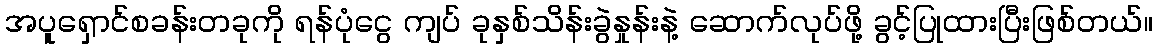
အပူရှောင်စခန်းတခုကို ရန်ပုံငွေ ကျပ် ခုနှစ်သိန်းခွဲနှုန်းနဲ့ ဆောက်လုပ်ဖို့ ခွင့်ပြုထားပြီးဖြစ်တယ်။